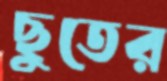
ছুতের